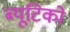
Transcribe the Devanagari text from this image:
ब्यूटिको